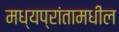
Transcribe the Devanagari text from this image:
मध्यप्रांतामधील